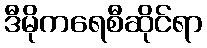
ဒီမိုကရေစီဆိုင်ရာ